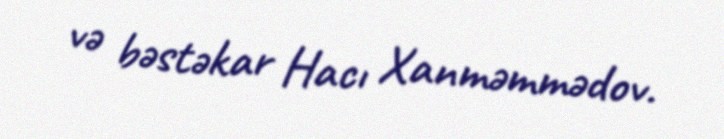
və bəstəkar Hacı Xanməmmədov.